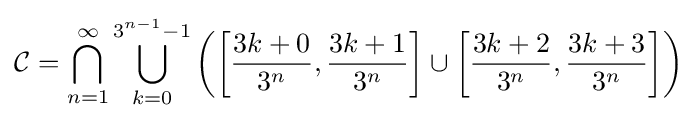
{\mathcal {C}}=\bigcap _{n=1}^{\infty }\bigcup _{k=0}^{3^{n-1}-1}\left(\left[{\frac {3k+0}{3^{n}}},{\frac {3k+1}{3^{n}}}\right]\cup \left[{\frac {3k+2}{3^{n}}},{\frac {3k+3}{3^{n}}}\right]\right)\!